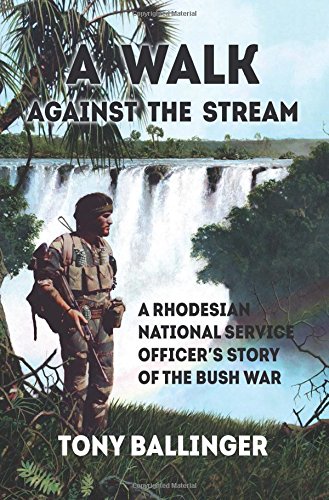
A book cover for A Walk Against The Stream: A Rhodesian National Service Officer's Story of the Bush War; Tony Ballinger; History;